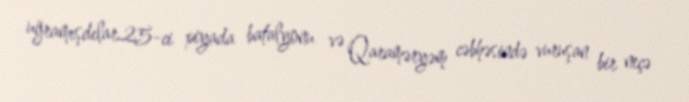
uğramışdılar.25-ci piyada batalyonu və Qaraməryəm cəbhəsində vuruşan bir neçə